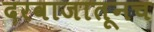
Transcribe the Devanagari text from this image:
दरवाजातूनच